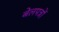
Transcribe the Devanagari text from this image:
बेलपत्रों